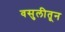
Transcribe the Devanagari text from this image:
वसुलीतून